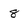
Character: 8